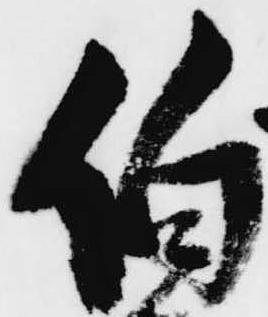
伯